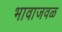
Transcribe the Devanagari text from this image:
भावाजवळ